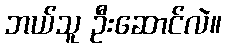
ဘယ်သူ ဦးဆောင်လဲ။